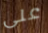
على